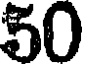
50